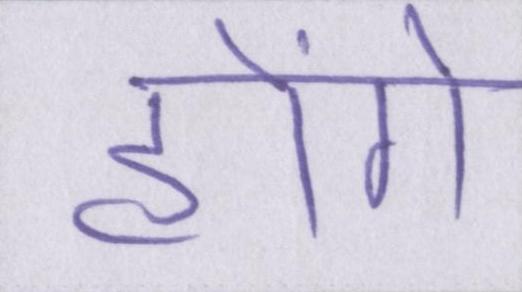
होंगे